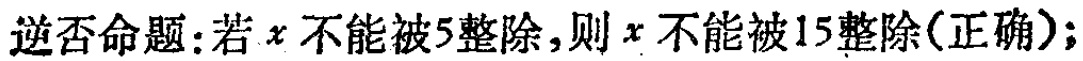
逆否命题：若\(x\)不能被\(5\)整除，则\(x\)不能被\(15\)整除(正确)；